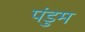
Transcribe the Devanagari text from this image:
पंडुम